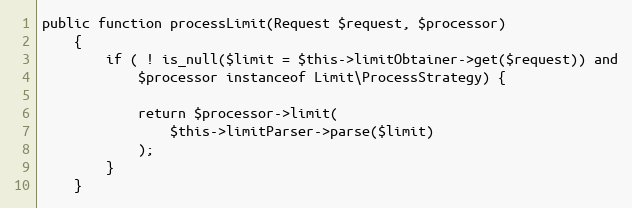
Language: PHP
public function processLimit(Request $request, $processor)
    {
        if ( ! is_null($limit = $this->limitObtainer->get($request)) and
            $processor instanceof Limit\ProcessStrategy) {

            return $processor->limit(
                $this->limitParser->parse($limit)
            );
        }
    }